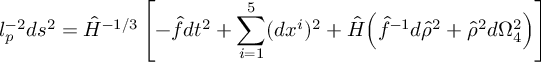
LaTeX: l _ { p } ^ { - 2 } d s ^ { 2 } = \hat { H } ^ { - 1 / 3 } \left[ - \hat { f } d t ^ { 2 } + \sum _ { i = 1 } ^ { 5 } ( d x ^ { i } ) ^ { 2 } + \hat { H } \Big ( \hat { f } ^ { - 1 } d \hat { \rho } ^ { 2 } + \hat { \rho } ^ { 2 } d \Omega _ { 4 } ^ { 2 } \Big ) \right]